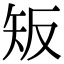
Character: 𥎮